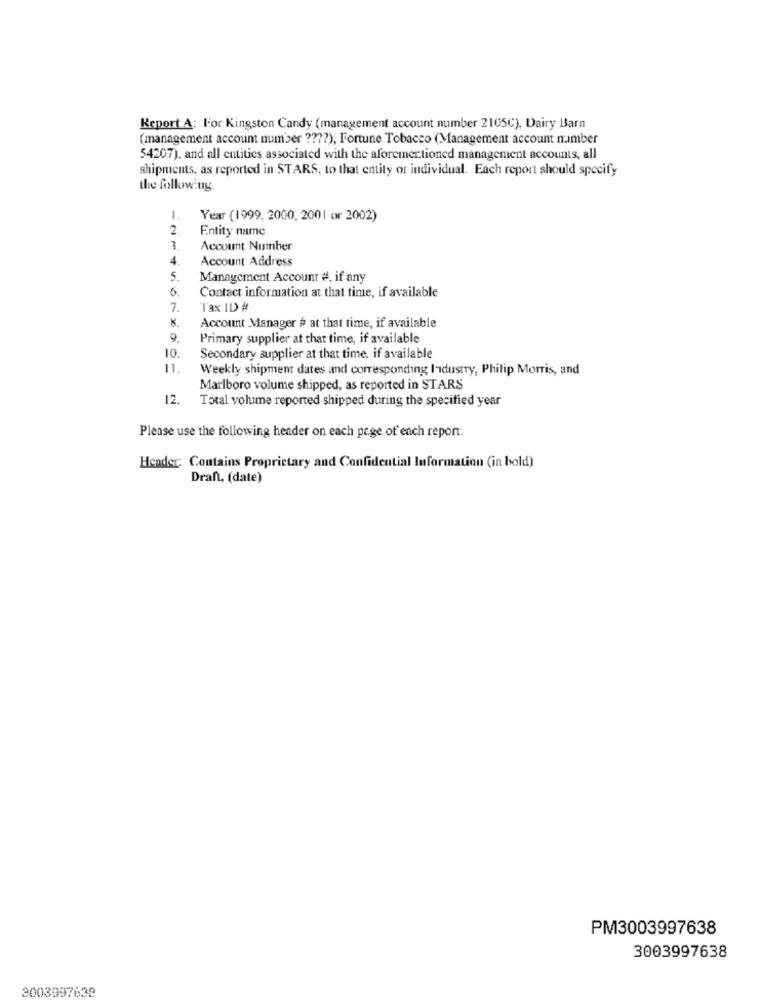
Report A: l'or Kingston Candy (management account number 2105C), Dairy Barn
(management account number ???? ), Fortune Tobacco (Management account number
$4207). and all entities associated with the aforementioned management accounts, all
shipments, as reported in STARS, to that entity or individual. Each report should specify
the following.
1.
Year (1999, 2000, 2001 or 2002)
2.
Entity name
3.
Account Number
Account Address
5.
Management Account #, if any
6
Contact information at that time, if available
7.
Tax ID #
Account Manager # at that time, if available
9.
Primary supplier at that time, if available
10.
Secondary supplier at that time. if available
Weekly shipment dates and corresponding Industry, Philip Morris, and
Marlboro volume shipped, as reported in STARS
12.
Total volume reported shipped during the specified year
Please use the following header on each page of each report:
Hender: Contains Proprietary and Confidential Information (in bold)
Draft, (date)
PM3003997638
3003997638
3003997638